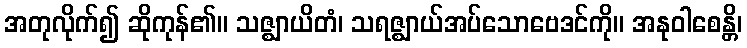
အတုလိုက်၍ ဆိုကုန်၏။ သဇ္ဈာယိတံ၊ သရဇ္ဈာယ်အပ်သောဗေဒင်ကို။ အနုဝါစေန္တိ၊